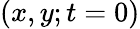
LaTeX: (x,y;t=0)